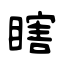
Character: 瞎